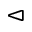
\vartriangleleft